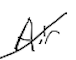
Text: Air
Cross-out: diagonal
Writing tool: digital_black